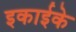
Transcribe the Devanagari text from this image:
इकाईके